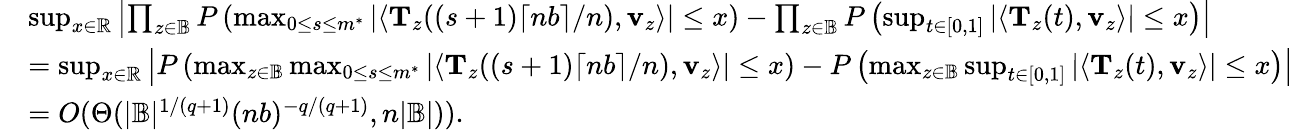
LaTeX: \begin{array}{rl}&{\operatorname*{sup}_{x\in\mathbb R}\left|\prod_{z\in\mathbb{B}}P\left(\operatorname*{max}_{0\leq s\leq m^{*}}|\langle\mathbf T_{z}((s+1)\lceil nb\rceil/n),\mathbf v_{z}\rangle|\leq x\right)-\prod_{z\in\mathbb{B}}P\left(\operatorname*{sup}_{t\in[0,1]}|\langle\mathbf T_{z}(t),\mathbf v_{z}\rangle|\leq x\right)\right|}\\ &{=\operatorname*{sup}_{x\in\mathbb R}\left|P\left(\operatorname*{max}_{z\in\mathbb{B}}\operatorname*{max}_{0\leq s\leq m^{*}}|\langle\mathbf T_{z}((s+1)\lceil nb\rceil/n),\mathbf v_{z}\rangle|\leq x\right)-P\left(\operatorname*{max}_{z\in\mathbb{B}}\operatorname*{sup}_{t\in[0,1]}|\langle\mathbf T_{z}(t),\mathbf v_{z}\rangle|\leq x\right)\right|}\\ &{=O(\Theta(|\mathbb{B}|^{1/(q+1)}(nb)^{-q/(q+1)},n|\mathbb{B}|)).}\end{array}